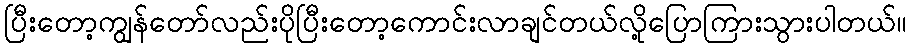
ပြီးတော့ကျွန်တော်လည်းပိုပြီးတော့ကောင်းလာချင်တယ်လို့ပြောကြားသွားပါတယ်။